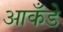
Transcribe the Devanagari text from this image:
आकँडे